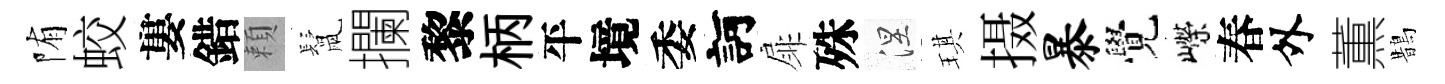
陏蛟婁錯頼鬛攔黎柄平境委訶扉殊涅琪摄暴覺嶸春外薫鵲